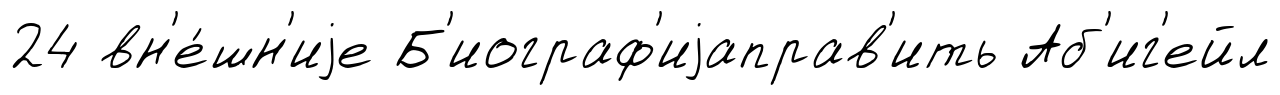
24 вн'е́шн'иjе Б'иограф'иjаправ'ить Аб'иг'ейл